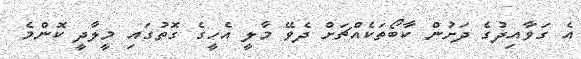
އެ ގަވާއިދުގެ ދަށުން ކާބޯތަކެއްޗަށް ދެވޭ މާލީ އެހީގެ ގޮތުގައި މީލާދީ ކޮންމެ